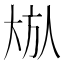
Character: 𪥏